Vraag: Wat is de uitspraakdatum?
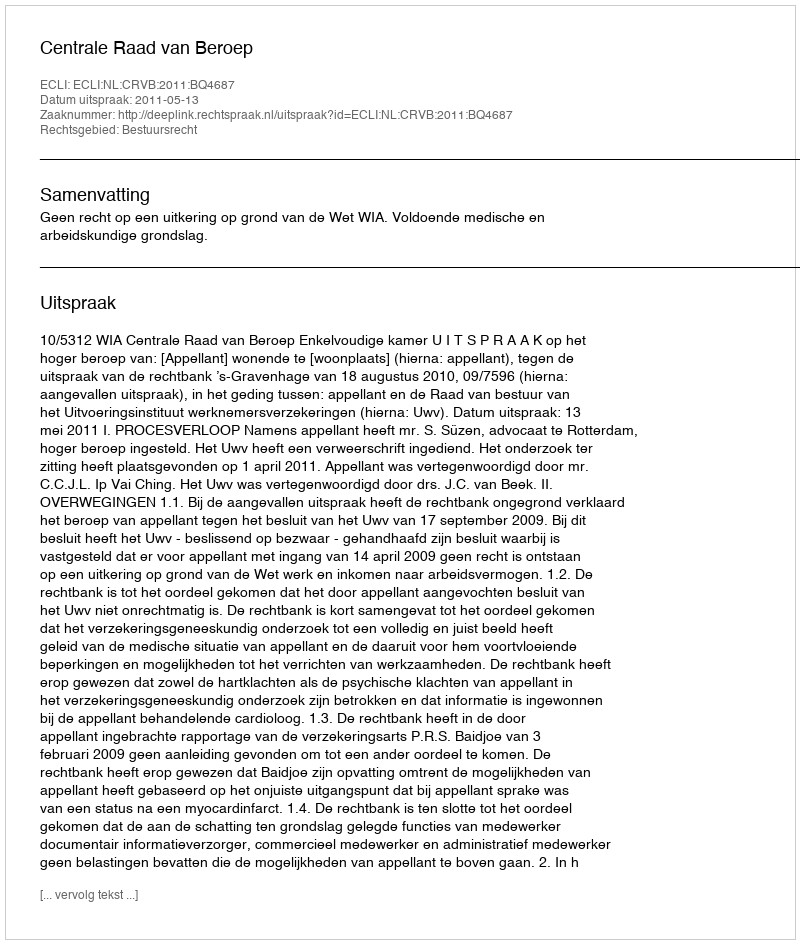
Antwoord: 2011-05-13